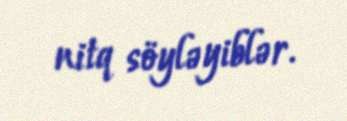
nitq söyləyiblər.